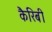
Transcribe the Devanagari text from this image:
कैरिबी